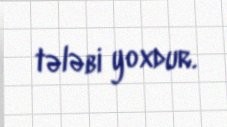
tələbi yoxdur.